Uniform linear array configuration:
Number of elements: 8
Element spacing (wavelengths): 1
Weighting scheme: binomial
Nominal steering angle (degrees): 45
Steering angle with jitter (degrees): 46.106
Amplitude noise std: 0.05
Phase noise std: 0.05

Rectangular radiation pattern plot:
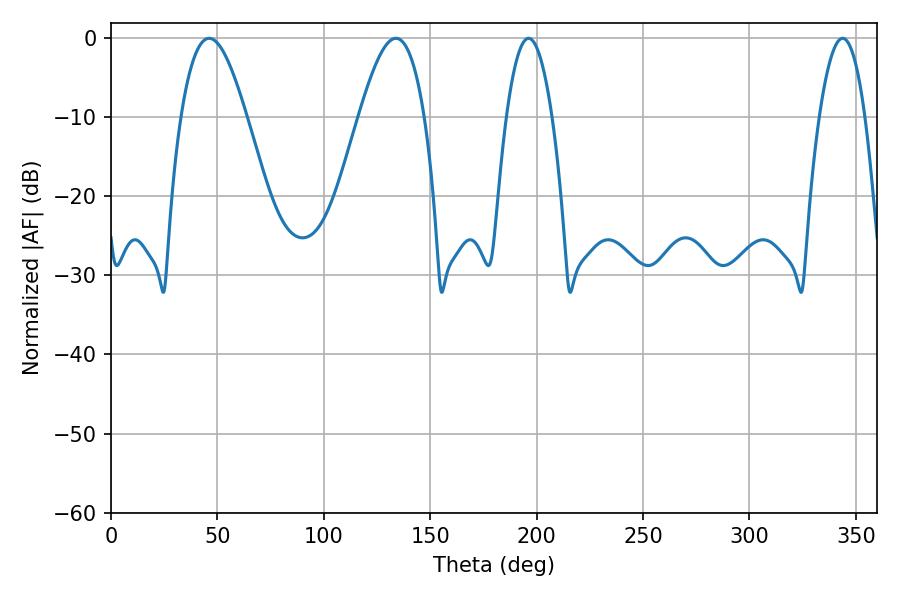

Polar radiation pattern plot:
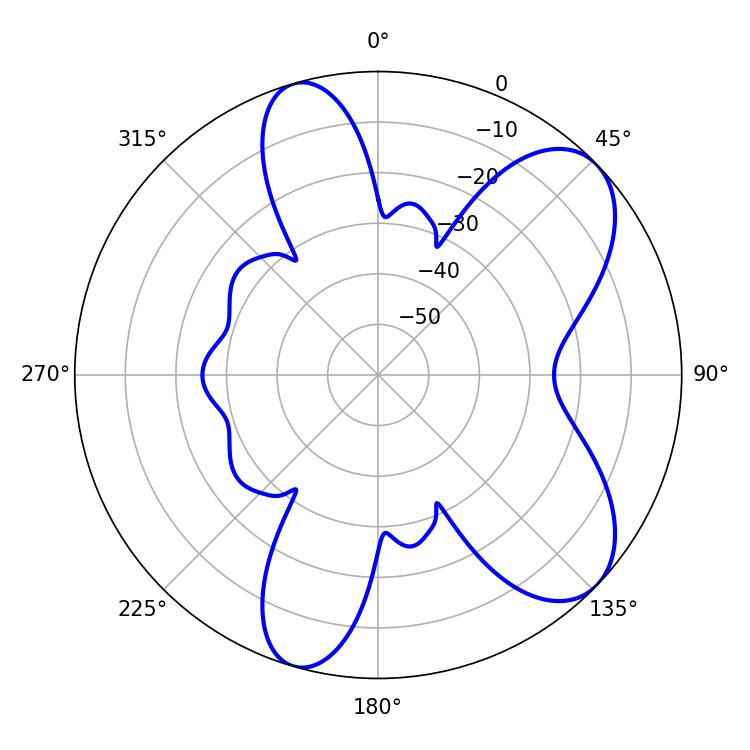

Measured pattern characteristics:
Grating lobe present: TRUE
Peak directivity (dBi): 7.723
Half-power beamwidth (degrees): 11.7
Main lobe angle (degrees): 196.2